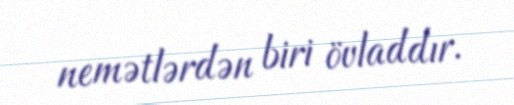
nemətlərdən biri övladdır.